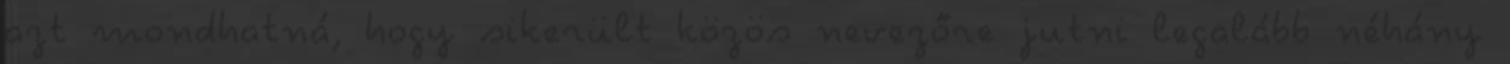
azt mondhatná, hogy sikerült közös nevezőre jutni legalább néhány